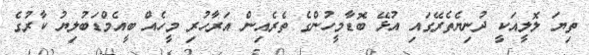
ތިޔަ ލޮލީއަކީ ދުނިޔެތެރޭގައި އުޅޭ ބޮޑާމީހުންގެ ތެރެއިން އަރާހުރި މީހެެއް ބީއެމްޑަބުލިޔު ކާރުގެ